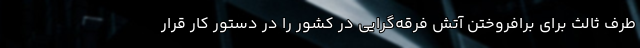
طرف ثالث برای برافروختن آتش فرقه‌گرایی در کشور را در دستور کار قرار